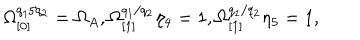
\Omega _ { \lbrack 0 ] } ^ { q _ { 1 } / q _ { 2 } } = \Omega _ { A } , \Omega _ { \lbrack 1 ] } ^ { q _ { 1 } / q _ { 2 } } \eta _ { 4 } = 1 , \Omega _ { \lbrack 1 ] } ^ { q _ { 1 } / q _ { 2 } } \eta _ { 5 } = 1 ,